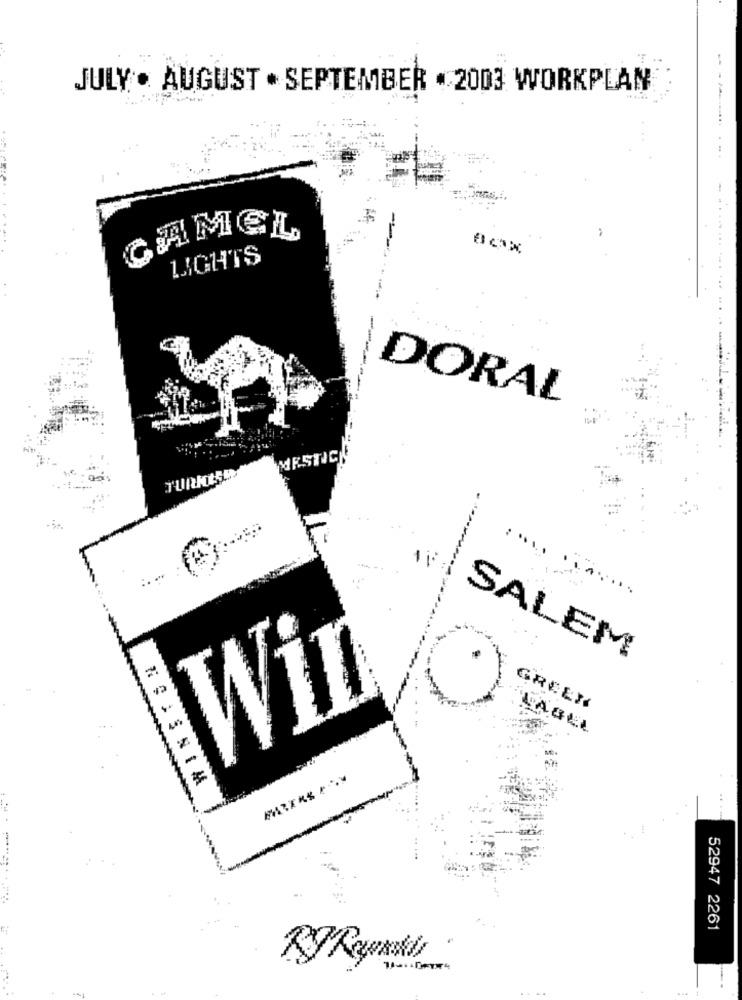
JULY . AUGUST . SEPTEMBER . 2003 WORKPLAN
AMEL
LIGHTS
-------
DORAL
`MESTICE
.....
11
SALEM
=
Win
GREEN
52947 2261